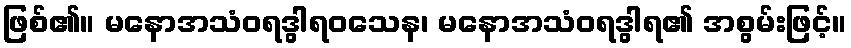
ဖြစ်၏။ မနောအသံဝရဒွါရဝသေန၊ မနောအသံဝရဒွါရ၏ အစွမ်းဖြင့်။